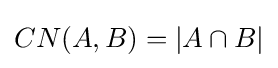
CN(A,B)={|A\cap B|}